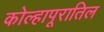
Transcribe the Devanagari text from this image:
कोल्हापूरातिल